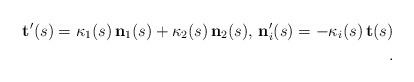
LaTeX: \begin{align*}\mathbf{t}'(s)=\kappa_{1}(s)\,\mathbf{n}_1(s)+ \kappa_{2}(s)\,\mathbf{n}_2(s),\,\mathbf{n}_i'(s)=-\kappa_{i}(s)\,\mathbf{t}(s)\\.\end{align*}